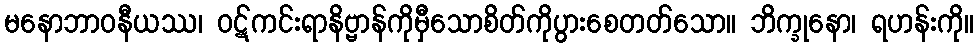
မနောဘာဝနီယဿ၊ ဝဋ်ကင်းရာနိဗ္ဗာန်ကိုမှီသောစိတ်ကိုပွားစေတတ်သော။ ဘိက္ခုနော၊ ရဟန်းကို။